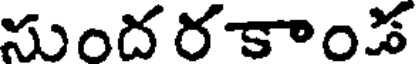
సుందరకాండ